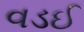
વડઈ